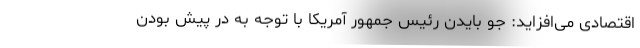
اقتصادی می‌افزاید: جو بایدن رئیس جمهور آمریکا با توجه به در پیش بودن